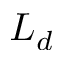
L _ { d }